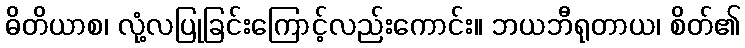
ဓိတိယာစ၊ လုံ့လပြုခြင်းကြောင့်လည်းကောင်း။ ဘယဘီရုတာယ၊ စိတ်၏